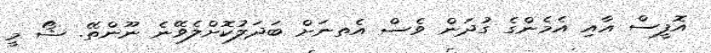
އޮފީސް އާއި އެމެންގެ ގުދަން ވެސް އެތނަށް ބަދަލުކޮށްލެވޭނެ ނޫންތޭ. ޝޯ މީ